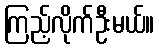
ကြည့်လိုက်ဦးမယ်။